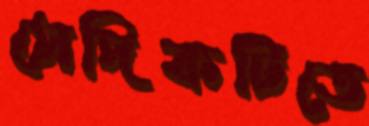
সেদিকটিতে